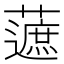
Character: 𧀹